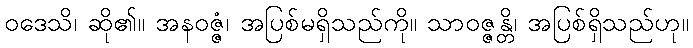
ဝဒေသိ၊ ဆို၏။ အနဝဇ္ဇံ၊ အပြစ်မရှိသည်ကို။ သာဝဇ္ဇန္တိ၊ အပြစ်ရှိသည်ဟု။